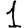
Digit: 1